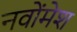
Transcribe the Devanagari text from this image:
नवोंमेश